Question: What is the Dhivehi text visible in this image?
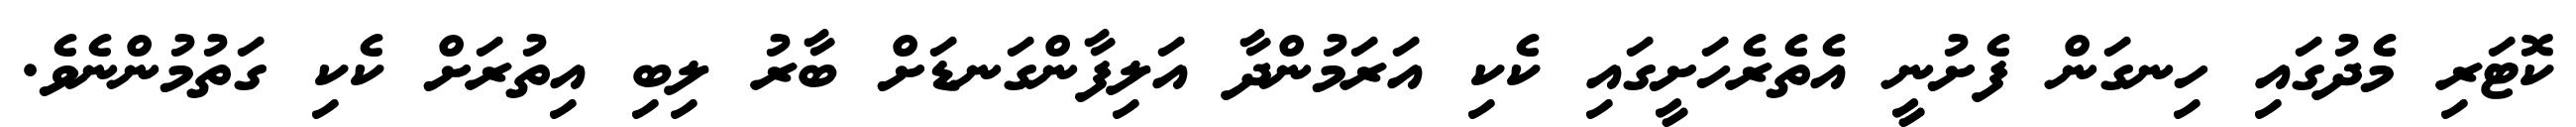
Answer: ކޮޓަރި މެދުގައި ހިނގަން ފެށުނީ އެތެރެހަށީގައި ކެކި އަރަމުންދާ އަލިފާންގަނޑަށް ބާރު ލިބި އިތުރަށް ކެކި ގަތުމުންނެވެ.